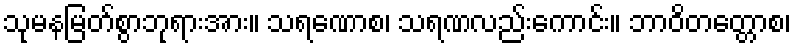
သုမနမြတ်စွာဘုရားအား။ သရဏောစ၊ သရဏလည်းကောင်း။ ဘာဝိတတ္တောစ၊